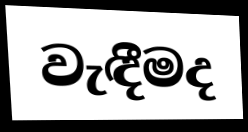
වැඳීමද